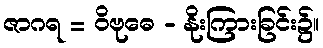
ဇာဂရ = ဝိဗုဓေ - နိုးကြားခြင်း၌။